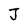
Character: J